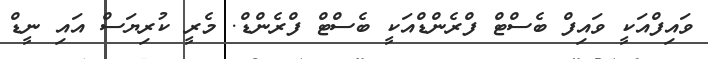
ވައިފްއަކީ ވައިފް ބެސްޓް ފްރެންޑްއަކީ ބެސްޓް ފްރެންޑް. މެރީ ކުރިޔަސް އައި ނީޑް